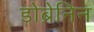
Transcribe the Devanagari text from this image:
डोब्रेनिन